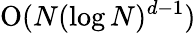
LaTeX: \mathrm{O}(N({\log N})^{d-1})